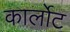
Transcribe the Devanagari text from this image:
कार्लोट